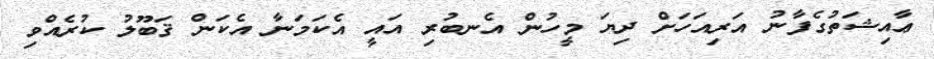
ޢާއިޝަތުގެފާނު އަރިއަހަށް ދިޔަ މީހުން އެނބުރި އައީ އެކަމަނާ އެކަން ޤަބޫލު ކުރެއްވި